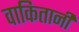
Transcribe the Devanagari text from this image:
वाकितानी